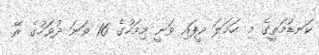
ކަނޑުމަތީގެ މި ހަމަލަ ދީފައި ވަނީ މިމަހުގެ 16 ވަނަ ދުވަހުގެ ރޭ